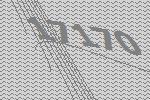
17170